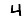
Digit: 4